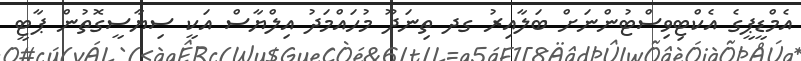
އެމްޑީޕީގެ އެކްޓިވިސްޓުންނަށް ބަލާއިރު ގދ ތިނަދޫ މުހައްމަދު އިލްޔާސް އަކީ ސިޔާސީގޮތުން ޕާޓީ